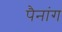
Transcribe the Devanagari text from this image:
पैनांग